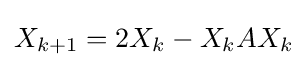
X_{k+1}=2X_{k}-X_{k}AX_{k}